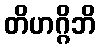
တိဟဂ္ဂိဘိ